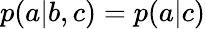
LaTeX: p(a|b,c)=p(a|c)